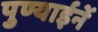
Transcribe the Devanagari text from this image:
पुण्याईनें